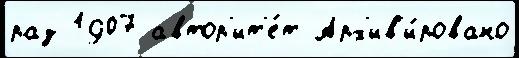
раз 1907 автор'ит'е́т Арх'ив'и́ровано